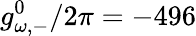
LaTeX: g_{\omega,-}^{0}/2\pi=-496